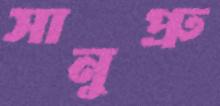
সানুপ্রু